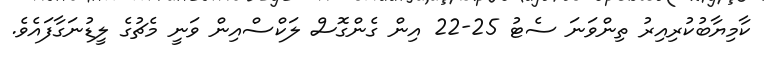
ކާމިޔާބުކުރިއިރު ތިންވަނަ ސެޓު 25-22 އިން ގެންގޮސް ލަކްސްއިން ވަނީ މެޗުގެ ލީޑުނަގާފައެވެ.